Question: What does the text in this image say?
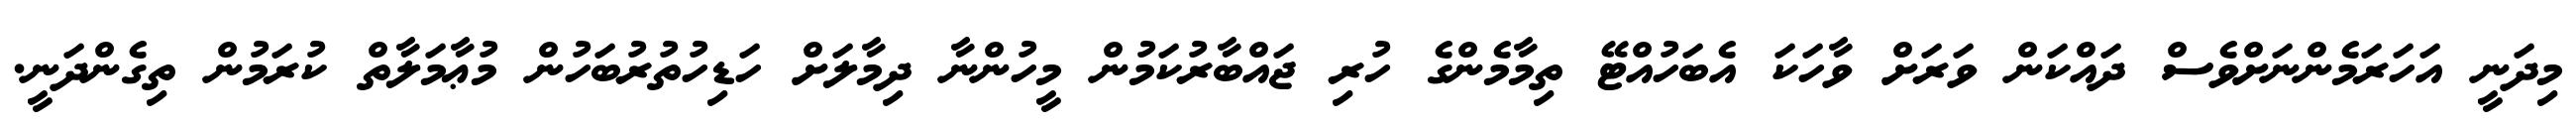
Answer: މިދަނީ އަހަރަމެންނަށްވެސް ދައްކަން ވަރަށް ވާހަކަ އެބަހުއްޓޭ ތިމާމެންގެ ހުރި ޖައްބާރުކަމުން މީހުންނާ ދިމާލަށް ހަޑިހުތުރުބަހުން މުޢާމަލާތް ކުރަމުން ތިގެންދަނީ.